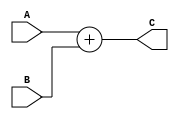
module Add1(
    A,B,C
    );
    input [31:0] A,B;
    output [31:0] C;
    assign C = A + B;
endmodule